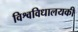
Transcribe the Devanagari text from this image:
विश्वविधालयकी